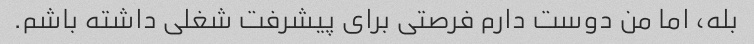
بله، اما من دوست دارم فرصتی برای پیشرفت شغلی داشته باشم.